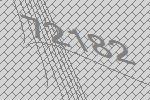
72182